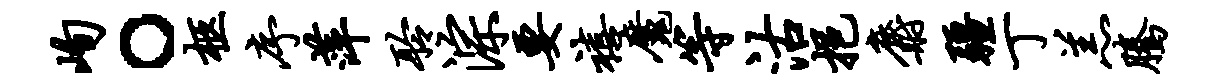
峋。柩序萍聆淙要禧魔等沽挹麝疆丁羔腾